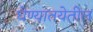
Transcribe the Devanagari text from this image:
घेण्यातयेतील